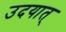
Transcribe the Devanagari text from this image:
उदयात्‌